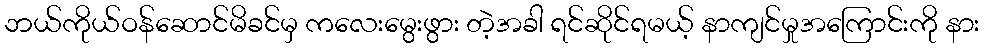
ဘယ်ကိုယ်ဝန်ဆောင်မိခင်မှ ကလေးမွေးဖွား တဲ့အခါ ရင်ဆိုင်ရမယ့် နာကျင်မှုအကြောင်းကို နား